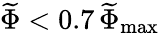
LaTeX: \widetilde{\Phi}<0.7\, \widetilde{\Phi}_{\mathrm{max}}